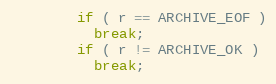
Language: C++
        if ( r == ARCHIVE_EOF )
          break;
        if ( r != ARCHIVE_OK )
          break;